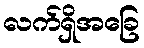
လက်ရှိအခြေ